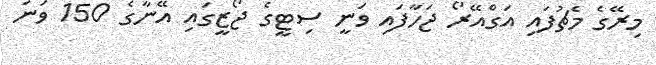
މިރޭގެ މެޗުފައި އަގްއޭރޯ ޖަހާފައި ވަނީ ސިޓީގެ ޖޯޒީގައި އޭނާގެ 150 ވަނަ